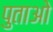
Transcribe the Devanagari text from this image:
पुताओ